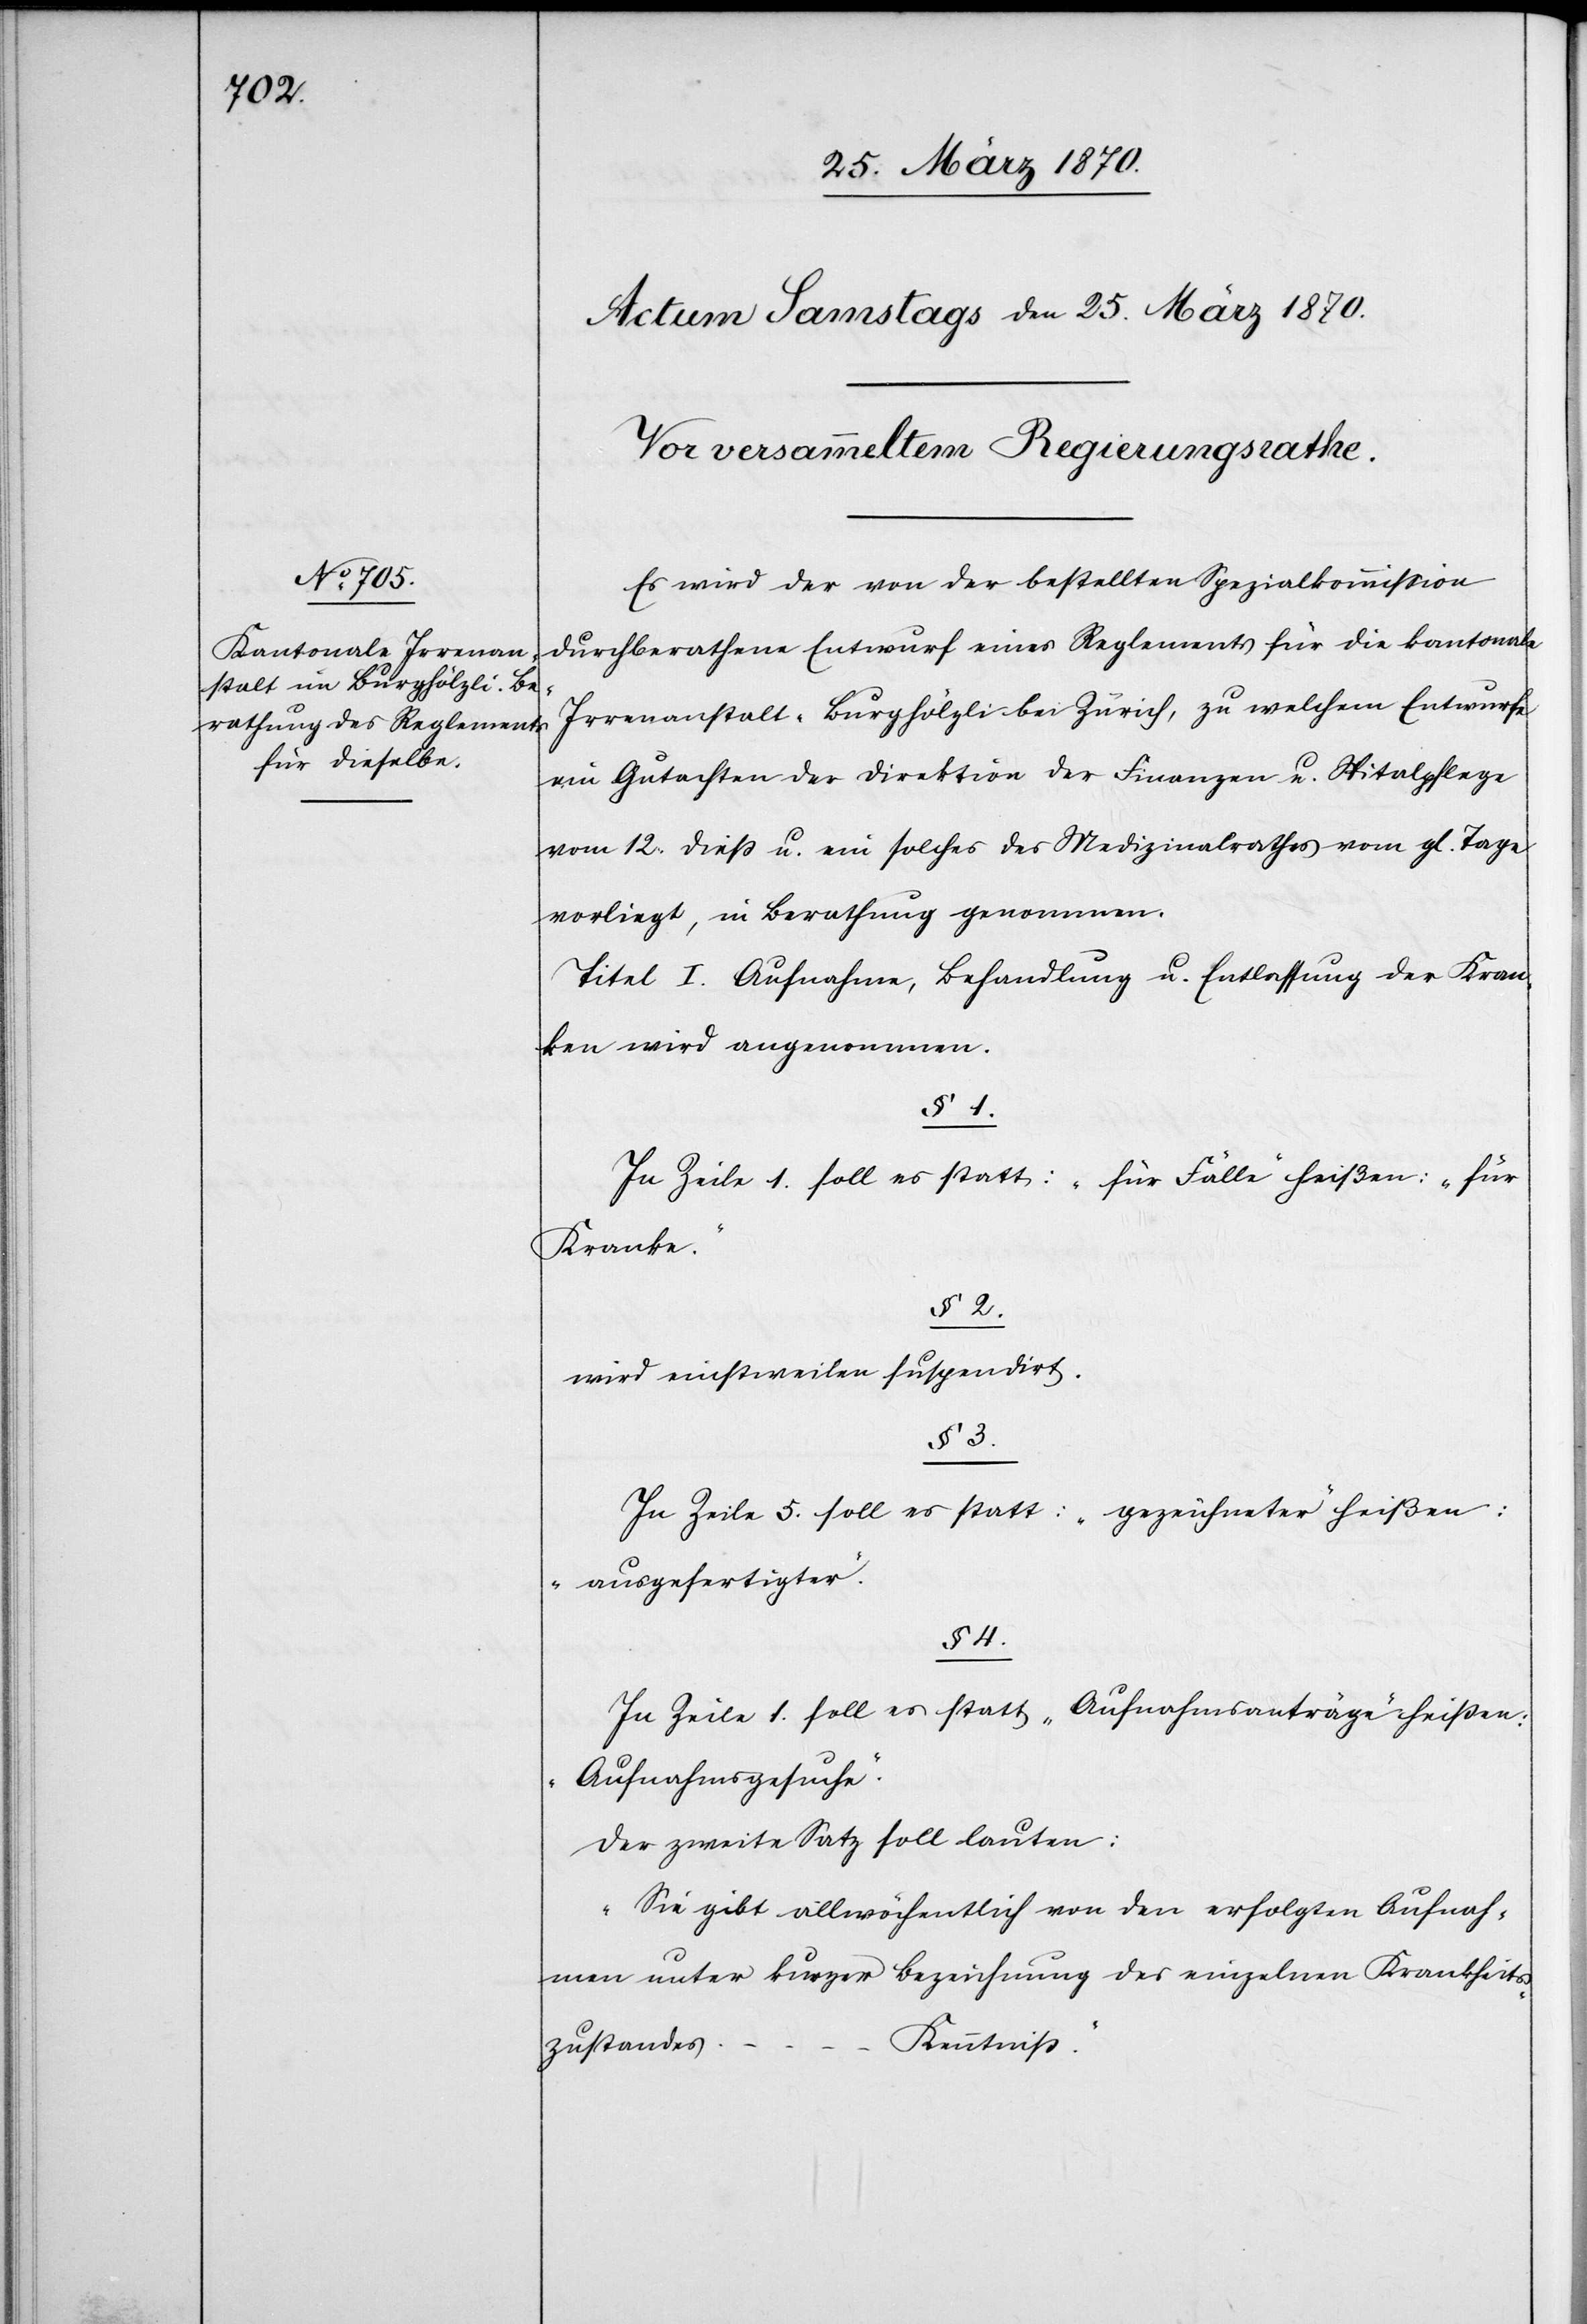
Es wird der von der bestellten Spezialkommission
durchberathene Entwurf eines Reglements für die kantonale
Irrenanstalt „Burghölzli“ bei Zürich, zu welchem Entwurfe
ein Gutachten der Direktion der Finanzen u. Spitalpflege
vom 12. dieß u. ein solches des Medizinalrathes vom gl. Tage
vorliegt, in Berathung genommen.
Titel I. Aufnahme, Behandlung u. Entlassung der Kran¬
ken wird angenommen.
§ 1.
In Zeile 1. soll es statt: „für Fälle“ heißen: „für
Kranke.“
§ 2.
wird einstweilen suspendirt.
In Zeile 5. soll es statt: „gezeichneter“ heißen:
„ausgefertigter“.
§ 4.
In Zeile 1. soll es statt „Aufnahmsanträge“ heißen:
„Aufnahmsgesuche“.
Der zweite Satz soll lauten:
„Sie gibt allwöchentlich von den erfolgten Aufnah¬
men unter kurzer Bezeichnung des einzelnen Krankheits¬
Kenntniß.“
zustandes …